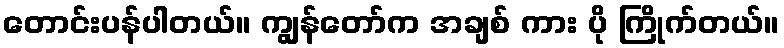
တောင်းပန်ပါတယ်။ ကျွန်တော်က အချစ် ကား ပို ကြိုက်တယ်။